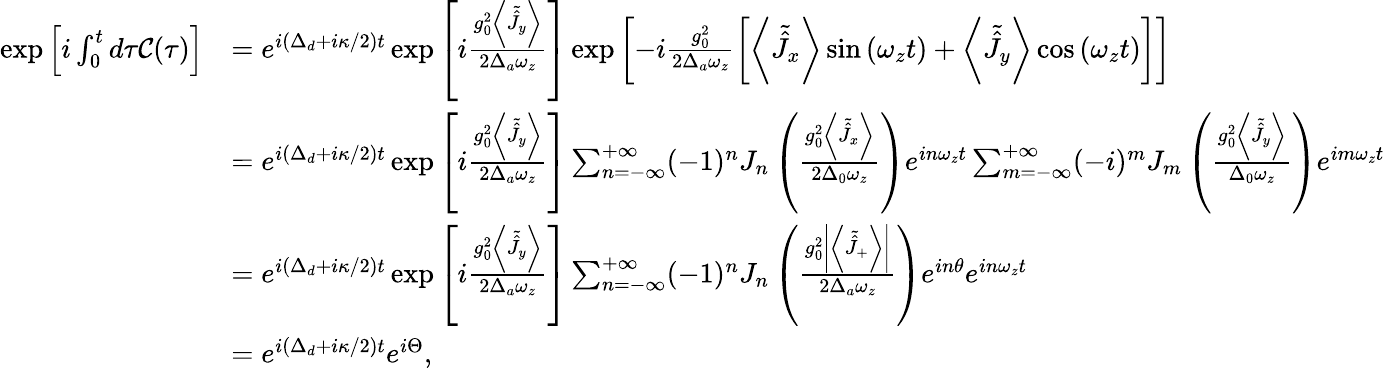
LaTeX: \begin{array}{rl}{\exp\left[i\int_{0}^{t}d\tau\mathcal{C}(\tau)\right]}&{=e^{i\left(\Delta_{d}+i\kappa/2\right)t}\exp\left[i\frac{g_{0}^{2}\left\langle\tilde{\hat{J}}_{y}\right\rangle}{2\Delta_{a}\omega_{z}}\right]\exp\left[-i\frac{g_{0}^{2}}{2\Delta_{a}\omega_{z}}\left[\left\langle\tilde{\hat{J}}_{x}\right\rangle\sin\left(\omega_{z}t\right)+\left\langle\tilde{\hat{J}}_{y}\right\rangle\cos\left(\omega_{z}t\right)\right]\right]}\\ &{=e^{i\left(\Delta_{d}+i\kappa/2\right)t}\exp\left[i\frac{g_{0}^{2}\left\langle\tilde{\hat{J}}_{y}\right\rangle}{2\Delta_{a}\omega_{z}}\right]\sum_{n=-\infty}^{+\infty}(-1)^{n}J_{n}\left(\frac{g_{0}^{2}\left\langle\tilde{\hat{J}}_{x}\right\rangle}{2\Delta_{0}\omega_{z}}\right)e^{in\omega_{z}t}\sum_{m=-\infty}^{+\infty}(-i)^{m}J_{m}\left(\frac{g_{0}^{2}\left\langle\tilde{\hat{J}}_{y}\right\rangle}{\Delta_{0}\omega_{z}}\right)e^{im\omega_{z}t}}\\ &{=e^{i\left(\Delta_{d}+i\kappa/2\right)t}\exp\left[i\frac{g_{0}^{2}\left\langle\tilde{\hat{J}}_{y}\right\rangle}{2\Delta_{a}\omega_{z}}\right]\sum_{n=-\infty}^{+\infty}(-1)^{n}J_{n}\left(\frac{g_{0}^{2}\left|\left\langle\tilde{\hat{J}}_{+}\right\rangle\right|}{2\Delta_{a}\omega_{z}}\right)e^{in\theta}e^{in\omega_{z}t}}\\ &{=e^{i\left(\Delta_{d}+i\kappa/2\right)t}e^{i\Theta},}\end{array}